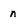
Character: n